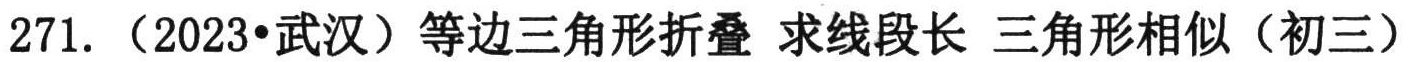
271. （2023•武汉）等边三角形折叠 求线段长 三角形相似（初三）